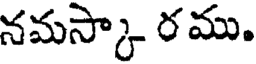
నమస్కా ర ము.